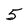
Character: 5